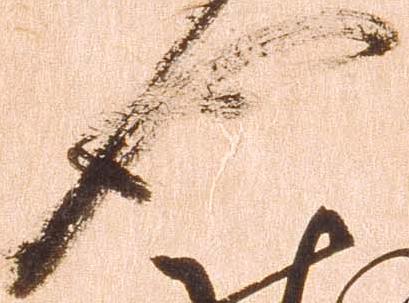
也